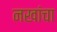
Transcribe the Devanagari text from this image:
नखांचा